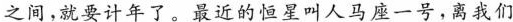
之间，就要计年了。最近的恒星叫人马座一号，离我们